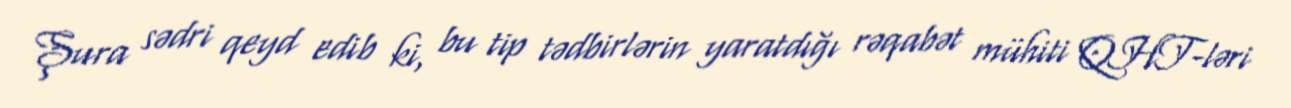
Şura sədri qeyd edib ki, bu tip tədbirlərin yaratdığı rəqabət mühiti QHT-ləri